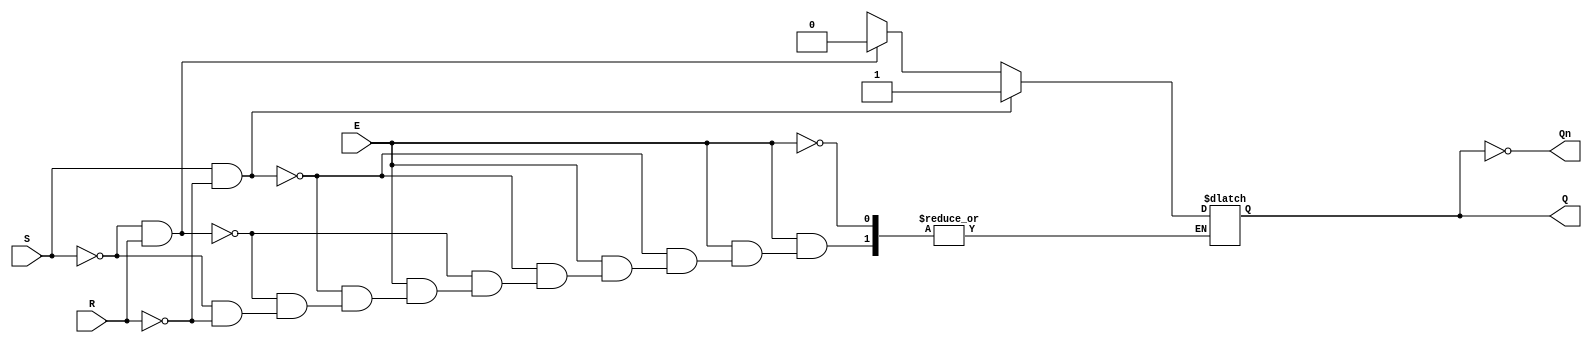
module gated_sr_latch (
    input wire S,      // Set input
    input wire R,      // Reset input
    input wire E,      // Enable input
    output reg Q,      // Output Q
    output wire Qn     // Complementary output Q'
);

// Complementary output
assign Qn = ~Q;

// Always block to implement the latch behavior
always @(*) begin
    if (E) begin
        if (S && !R) begin
            Q = 1'b1;  // Set state
        end else if (!S && R) begin
            Q = 1'b0;  // Reset state
        end else if (!S && !R) begin
            // Hold state, retain previous value of Q
            Q = Q;     // This line is redundant but indicates holding state
        end else begin
            // Invalid state (S = 1, R = 1), Q can be considered indeterminate
            Q = 1'bx;  // Indeterminate state
        end
    end
    // When E is low, Q retains its previous state
end

endmodule